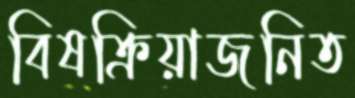
বিষক্রিয়াজনিত